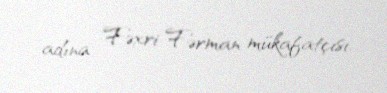
adına Fəxri Fərman mükafatçısı.